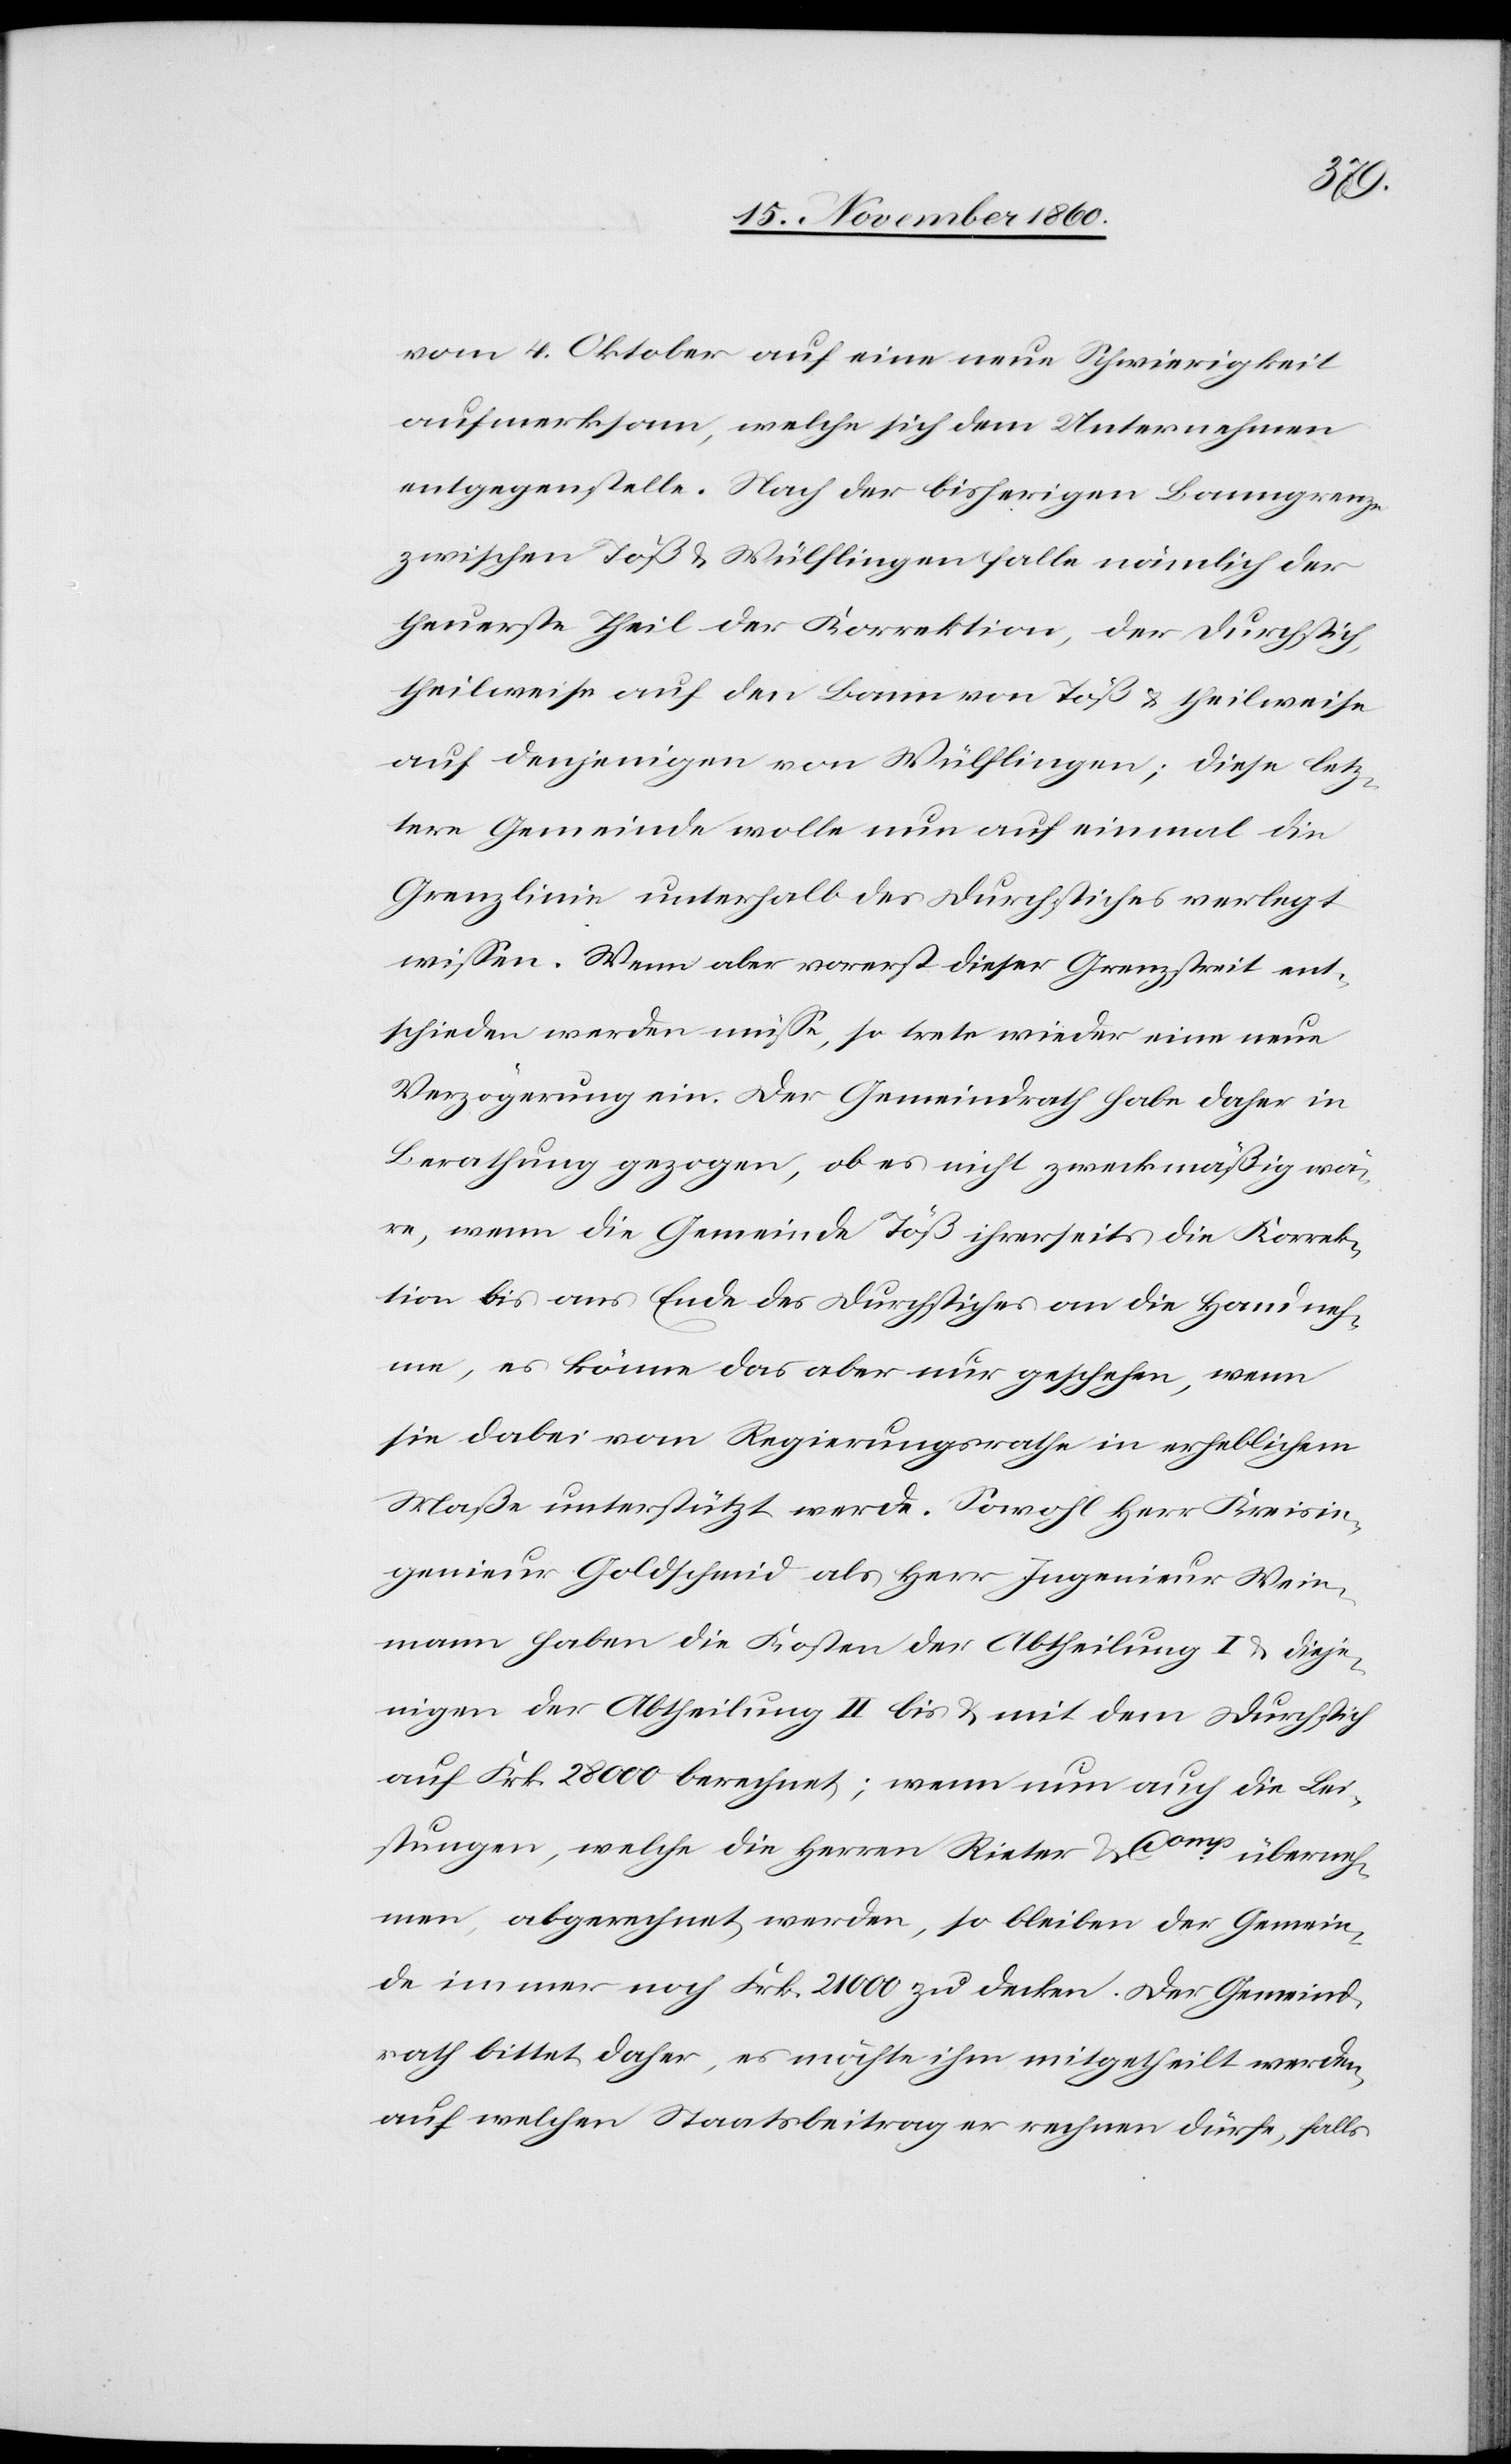
vom 4. Oktober auf eine neue Schwierigkeit
aufmerksam, welche sich dem Unternehmen
entgegenstelle. Nach der bisherigen Banngrenze
zwischen Töß u. Wülflingen falle nämlich der
theuerste Theil der Korrektion, der Durchstich,
theilweise auf den Bann von Töß u. theilweise
auf denjenigen von Wülflingen; diese letz¬
tere Gemeinde wolle nun auf einmal die
Grenzlinie unterhalb des Durchstiches verlegt
wissen. Wenn aber vorerst dieser Grenzstreit ent¬
schieden werden müsse, so trete wieder eine neue
Verzögerung ein. Der Gemeindrath habe daher in
Berathung gezogen, ob es nicht zweckmäßig wä¬
re, wenn die Gemeinde Töß ihrerseits die Korrek¬
tion bis ans Ende des Durchstiches an die Hand neh¬
me, es könne das aber nur geschehen, wenn
sie dabei vom Regierungsrathe in erheblichem
Maße unterstützt werde. Sowohl Herr Kreisin¬
genieur Goldschmid als Herr Ingenieur Wein¬
mann haben die Kosten der Abtheilung I u. dieje¬
nigen der Abtheilung II bis u. mit dem Durchstich
auf Frk. 28 000 berechnet; wenn nun auch die Lei¬
stungen, welche die Herren Rieter & Comp überneh¬
men, abgerechnet werden, so bleiben der Gemein¬
de immer noch Frk. 21 000 zu decken. Der Gemeind¬
rath bittet daher, es möchte ihm mitgetheilt werden,
auf welchen Staatsbeitrag er rechnen dürfe, falls